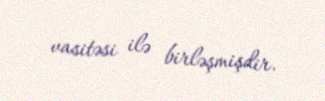
vasitəsi ilə birləşmişdir.